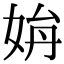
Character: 𡜫